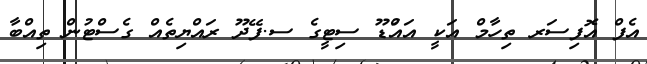
އެފް އޮފިސަރ ތިހާމް އަކީ އައްުޑޫ ސިޓީގެ ސ.ފޭދޫ ރައްޔިތެއް ގެސްޓުން ތިއްބާ